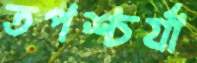
তপশ্চর্যা